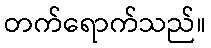
တက်ရောက်သည်။